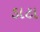
ડાટા